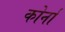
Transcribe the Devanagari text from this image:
कोर्ना